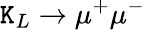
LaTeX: \mathtt{K}_{L}\to\mu^{+}\mu^{-}